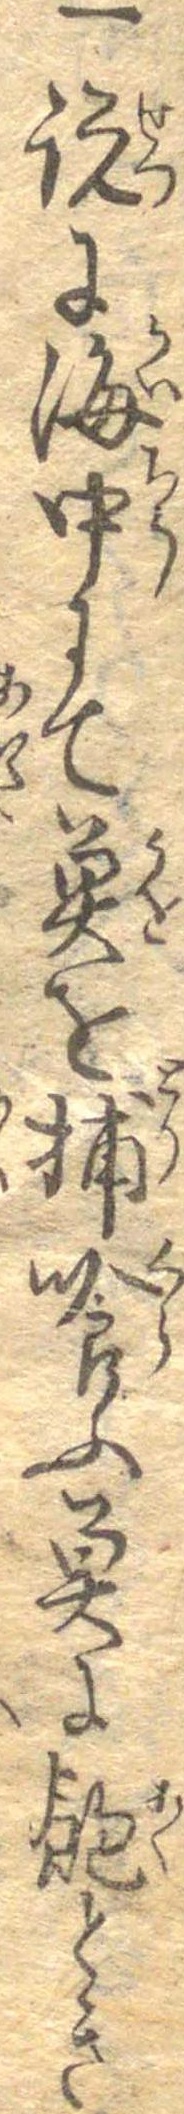
一説に海中にて魚を捕喰ふ魚に飽とき